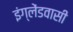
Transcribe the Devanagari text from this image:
इंग्लेंडवासी